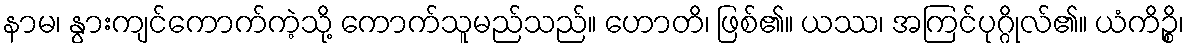
နာမ၊ နွားကျင်ကောက်ကဲ့သို့ ကောက်သူမည်သည်။ ဟောတိ၊ ဖြစ်၏။ ယဿ၊ အကြင်ပုဂ္ဂိုလ်၏။ ယံကိဉ္စိ၊